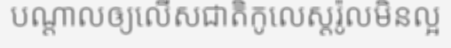
បណ្តាលឲ្យលើសជាតិកូលេស្តរ៉ូលមិនល្អ